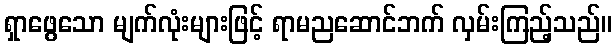
ရှာဖွေသော မျက်လုံးများဖြင့် ရာမညဆောင်ဘက် လှမ်းကြည့်သည်။